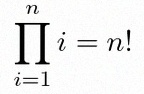
\prod_{i=1}^{n}i=n!